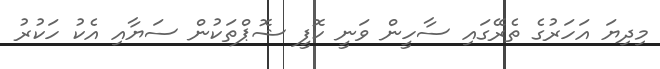
މިދިޔަ އަހަރުގެ ތެރޭގައި ސާހީން ވަނީ ކޮފީ ޝޮޕްތަކުން ސަޔާއި އެކު ހަކުރު